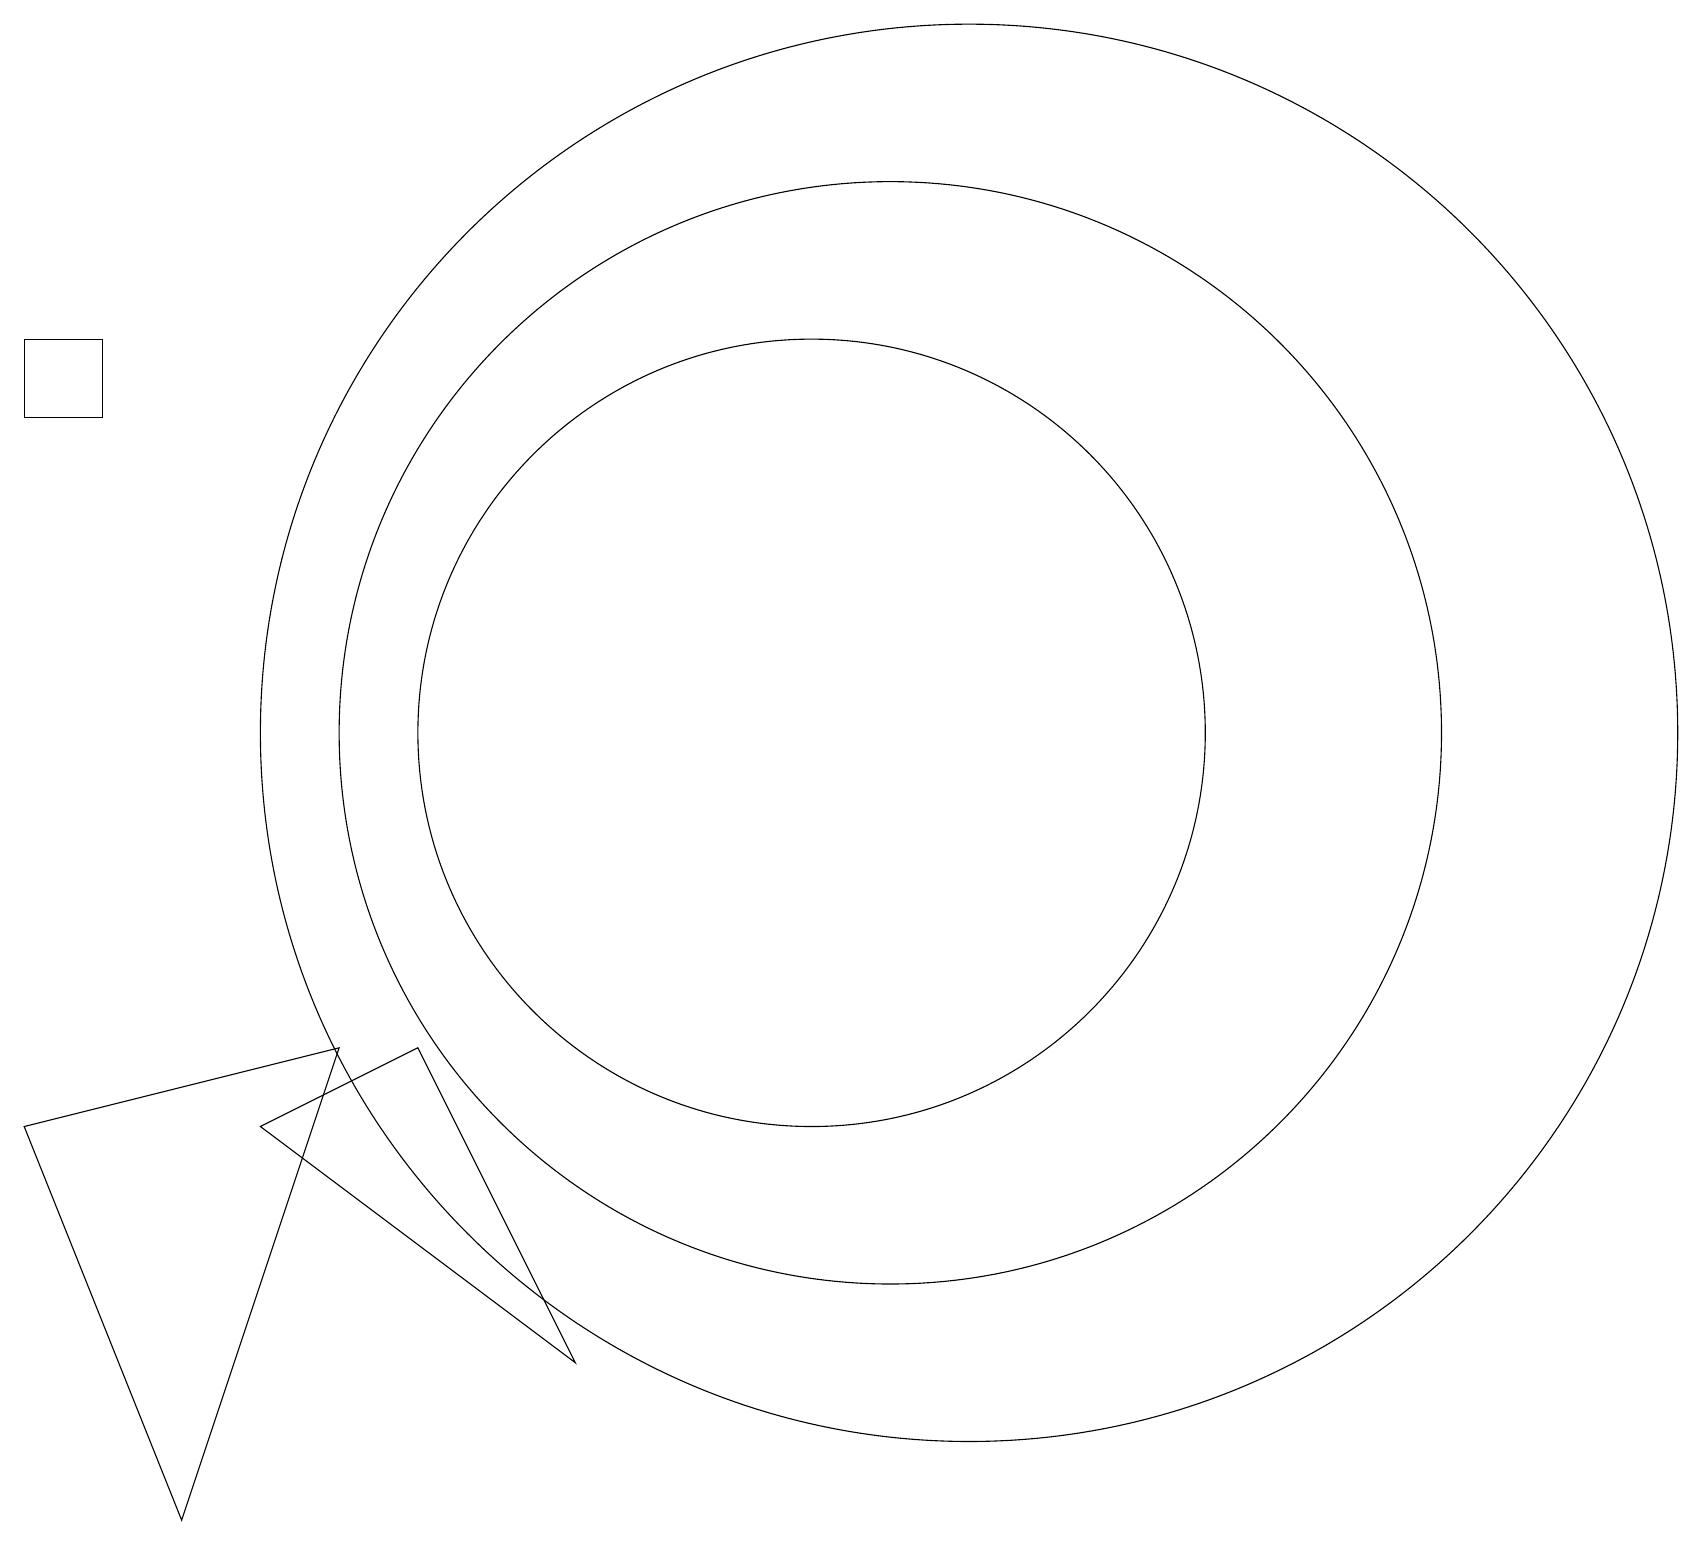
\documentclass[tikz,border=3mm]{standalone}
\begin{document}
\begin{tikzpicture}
\draw (1,15) rectangle (0,14);
\draw (11,10) circle (7);
\draw (12,10) circle (9);
\draw (2,0) -- (4,6) -- (0,5) -- cycle;
\draw (10,10) circle (5);
\draw (7,2) -- (5,6) -- (3,5) -- cycle;
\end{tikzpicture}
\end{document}